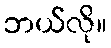
ဘယ်လို။